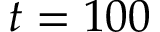
t = 1 0 0